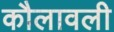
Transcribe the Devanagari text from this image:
कौलावली